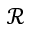
\mathcal { R }